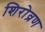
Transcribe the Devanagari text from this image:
शिरोव्रण